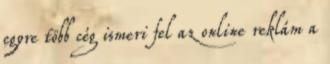
egyre több cég ismeri fel az online reklám a